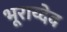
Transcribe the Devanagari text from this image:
भूराय्देव